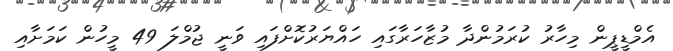
އެމްޑީޕީން މިހާރު ކުރަމުންދާ މުޒާހަރާގައި ހައްޔަރުކޮށްފައި ވަނީ ޖުމްލަ 49 މީހުން ކަމަށާއި